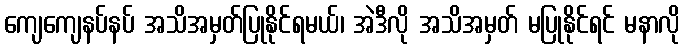
ကျေကျေနပ်နပ် အသိအမှတ်ပြုနိုင်ရမယ်၊ အဲဒီလို အသိအမှတ် မပြုနိုင်ရင် မနာလို